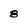
Character: 8